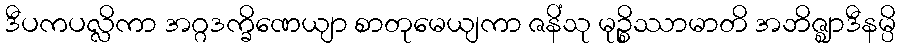
ဒီပကပလ္လိကာ အဂ္ဂဒက္ခိဏေယျာ စာတုမေယျကာ ဇနိံသု မုဉ္စိဿာမာတိ အဘိဇ္ဈာဒီနမ္ပိ